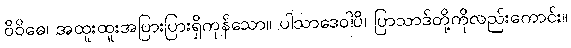
ဝိဝိဓေ၊ အထူးထူးအပြားပြားရှိကုန်သော။ ပါသာဒေဝါပိ၊ ပြာသာဒ်တို့ကိုလည်းကောင်း။